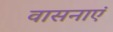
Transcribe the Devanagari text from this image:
वासनाएं